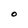
Character: O